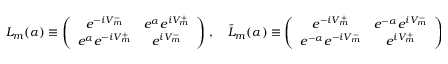
L _ { m } ( \alpha ) \equiv \left( \begin{array} { c c } { { e ^ { - i V _ { m } ^ { - } } } } & { { e ^ { \alpha } e ^ { i V _ { m } ^ { + } } } } \\ { { e ^ { \alpha } e ^ { - i V _ { m } ^ { + } } } } & { { e ^ { i V _ { m } ^ { - } } } } \end{array} \right) \, , \quad \bar { L } _ { m } ( \alpha ) \equiv \left( \begin{array} { c c } { { e ^ { - i V _ { m } ^ { + } } } } & { { e ^ { - \alpha } e ^ { i V _ { m } ^ { - } } } } \\ { { e ^ { - \alpha } e ^ { - i V _ { m } ^ { - } } } } & { { e ^ { i V _ { m } ^ { + } } } } \end{array} \right) \, ,